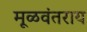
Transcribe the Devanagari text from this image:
मूळवंतराय